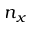
n _ { x }